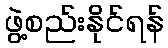
ဖွဲ့စည်းနိုင်ရန်